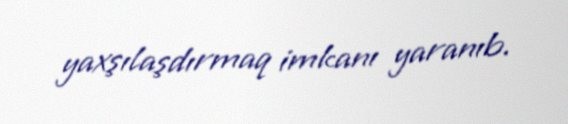
yaxşılaşdırmaq imkanı yaranıb.